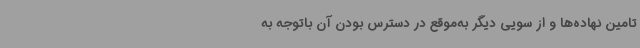
تامین نهاده‌ها و از سویی دیگر به‌موقع در دسترس بودن آن باتوجه به